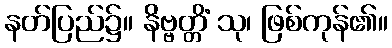
နတ်ပြည်၌။ နိဗ္ဗတ္တိံ သု၊ ဖြစ်ကုန်၏။